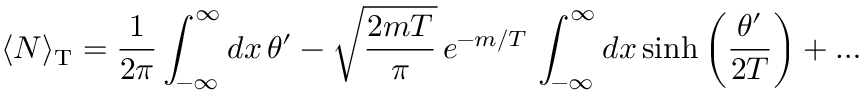
\langle N \rangle _ { \mathrm { T } } = \frac { 1 } { 2 \pi } \int _ { - \infty } ^ { \infty } d x \, \theta ^ { \prime } - \sqrt { \frac { 2 m T } { \pi } } \, e ^ { - m / T } \, \int _ { - \infty } ^ { \infty } d x \, \mathrm { s i n h } \left( \frac { \theta ^ { \prime } } { 2 T } \right) + \dots